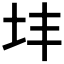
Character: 𪢽